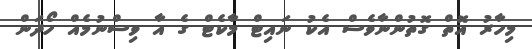
މިހާރު އޮތް ގޮތުންނާވެސް އެކު ނައިޓް މާކެޓް ގެ އާ ވިސްނުމެއް ހޯދަން